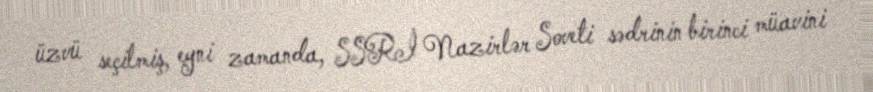
üzvü seçilmiş, eyni zamanda, SSRİ Nazirlər Soveti sədrinin birinci müavini